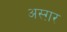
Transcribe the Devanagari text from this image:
अस्ग़र